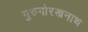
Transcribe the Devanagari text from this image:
गुरुगोरखनाथ